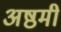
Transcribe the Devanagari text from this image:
अष्ठमी